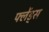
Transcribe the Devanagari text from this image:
फ्लेंड्स